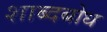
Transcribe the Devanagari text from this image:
शाब्दबोध